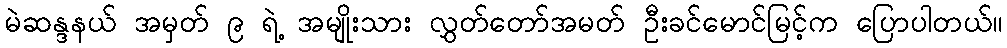
မဲဆန္ဒနယ် အမှတ် ၉ ရဲ့ အမျိုးသား လွှတ်တော်အမတ် ဦးခင်မောင်မြင့်က ပြောပါတယ်။